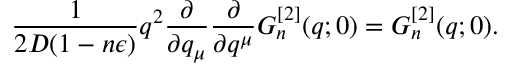
\frac { 1 } { 2 D ( 1 - n \epsilon ) } q ^ { 2 } \frac { \partial } { \partial q _ { \mu } } \frac { \partial } { \partial q ^ { \mu } } G _ { n } ^ { [ 2 ] } ( q ; 0 ) = G _ { n } ^ { [ 2 ] } ( q ; 0 ) .